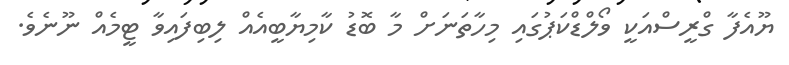
ޔޫއެފާ ގްރީސްއަކީ ވޯލްޑްކަޕުގައި މިހާތަނަށް މާ ބޮޑު ކާމިޔާބީއެއް ލިބިފައިވާ ޓީމެއް ނޫނެވެ.